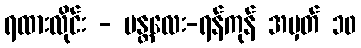
ရထားလိုင်း - မန္တလေး-ရန်ကုန် အမှတ် ၁၀